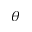
\theta